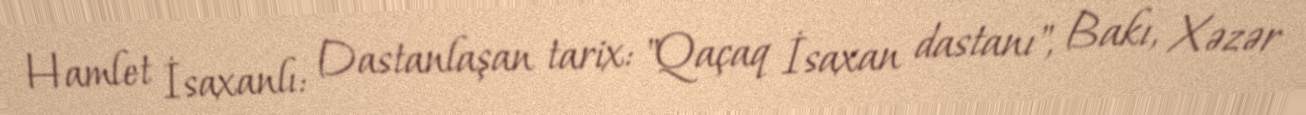
Hamlet İsaxanlı: Dastanlaşan tarix: "Qaçaq İsaxan dastanı", Bakı, Xəzər